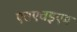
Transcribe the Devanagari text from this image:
एसएचइएम